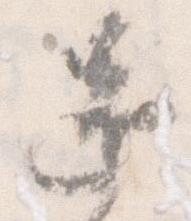
還